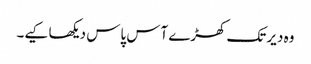
وہ دیر تک کھڑے آس پاس دیکھا کیے۔